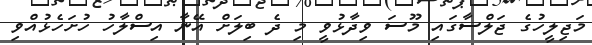
މަޖިލީހުގެ ޖަލްސާގައި މޫސަ ވިދާޅުވީ މި ދެ ބިލަށް އޭނާ އިސްލާހު ހުށަހެޅުއްވި